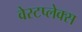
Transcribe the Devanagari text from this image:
वेस्टप्लेक्स